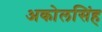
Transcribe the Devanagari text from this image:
अकोलसिंह